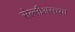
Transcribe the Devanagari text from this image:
सेल्सीअसच्या